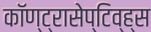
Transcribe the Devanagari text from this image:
कॉण्ट्रासेप्टिव्ह्स